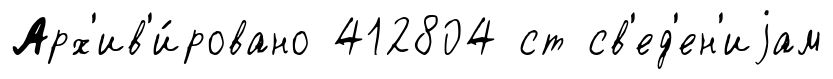
Арх'ив'и́ровано 412804 ст св'ед'ен'иjам